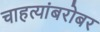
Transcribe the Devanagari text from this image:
चाहत्यांबरोबर